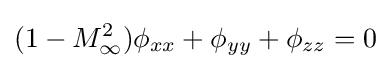
(1-M_{\infty }^{2})\phi _{xx}+\phi _{yy}+\phi _{zz}=0